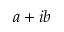
a + i b